Black-water fever - Number 35
Disease focus: Fever
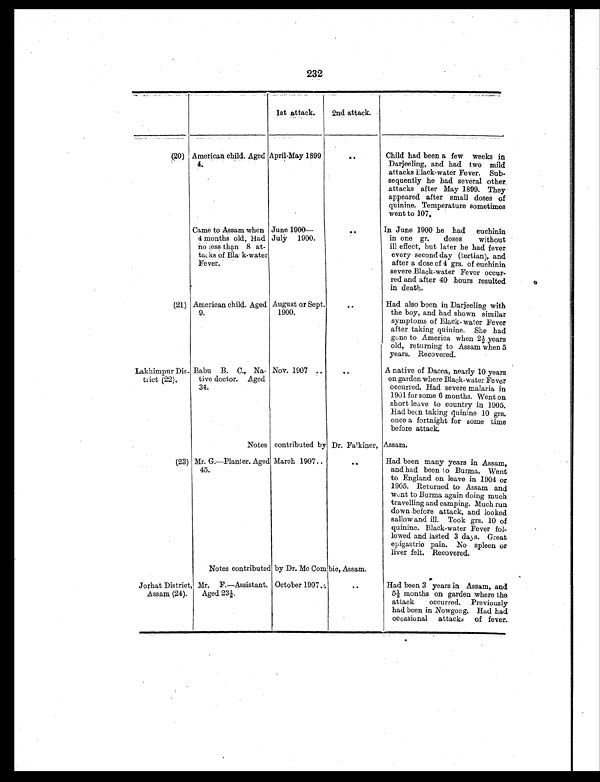
232
1st attack.
2nd attack.
(20) American child. Aged
4.
April-May 1899
. .
Child had been a few weeks in
Darjeeling, and had two mild
attacks Black-water Fever. Sub-
sequently he had several other
attacks after May 1899. They
appeared after small doses of
quinine. Temperature sometimes
went to 107.
Came to Assam when
4 months old. Had
no less than 8 at-
tacks of Black-water
Fever.
June 1900—
July 1900.
. .
In June 1900 he had euchinin
in one gr. doses without
ill effect, but later he had fever
every second day (tertian), and
after a dose of 4 grs. of euchinin
severe Black-water Fever occur-
red and after 40 hours resulted
in death.
(21) American child. Aged
9.
August or Sept.
1900.
..
Had also been in Darjeeling with
the boy, and had shown similar
symptoms of Black- water Fever
after taking quinine. She had
gone to America when 2½ years
old, returning to Assam when 5
years. Recovered.
Lakhimpur Dis-
trict (22).
Babu B. C., Na-
tive doctor. Aged
34.
Nov. 1907
. .
. .
A native of Dacca, nearly 10 years
on garden where Black-water Fever
occurred. Had severe malaria in
1901 for some 6 months. Went on
short leave to country in 1905.
Had been taking quinine 10 grs.
once a fortnight for some time
before attack.
Notes contributed by Dr. Falkiner, Assam.
(23) Mr. G.—Planter. Aged
45.
March 1907
. .
. .
Had been many years in Assam,
and had been to Burma. Went
to England on leave in 1904 or
1905. Returned to Assam and
went to Burma again doing much
travelling and camping. Much run
down before attack, and looked
sallow and ill. Took grs. 10 of
quinine. Black-water Fever fol-
lowed and lasted 3 days. Great
epigastric pain. No spleen or
liver felt. Recovered.
Notes contributed by Dr. Mc Combie, Assam.
Jorhat District,
Assam (24).
Mr. F.—Assistant.
Aged 23½.
October 1907 ..
..
Had been 3 years in Assam, and
5½ months on garden where the
attack occurred. Previously
had been in Nowgong. Had had
occasional attacks of fever.